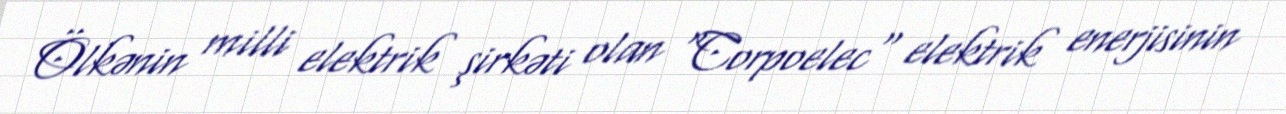
Ölkənin milli elektrik şirkəti olan "Corpoelec" elektrik enerjisinin